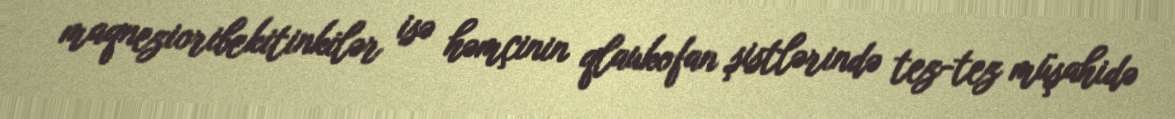
maqnezioribekitinkilər isə həmçinin qlaukofan şistlərində tez-tez müşahidə